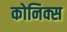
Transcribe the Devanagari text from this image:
कोनिक्स